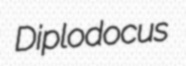
Diplodocus